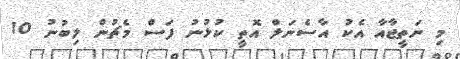
މި ނަތީޖާއާ އެކު އާސެނަލް އޮތީ ކުޅުނު ފަސް މެޗުން ލިބުނު 10